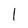
Character: 1